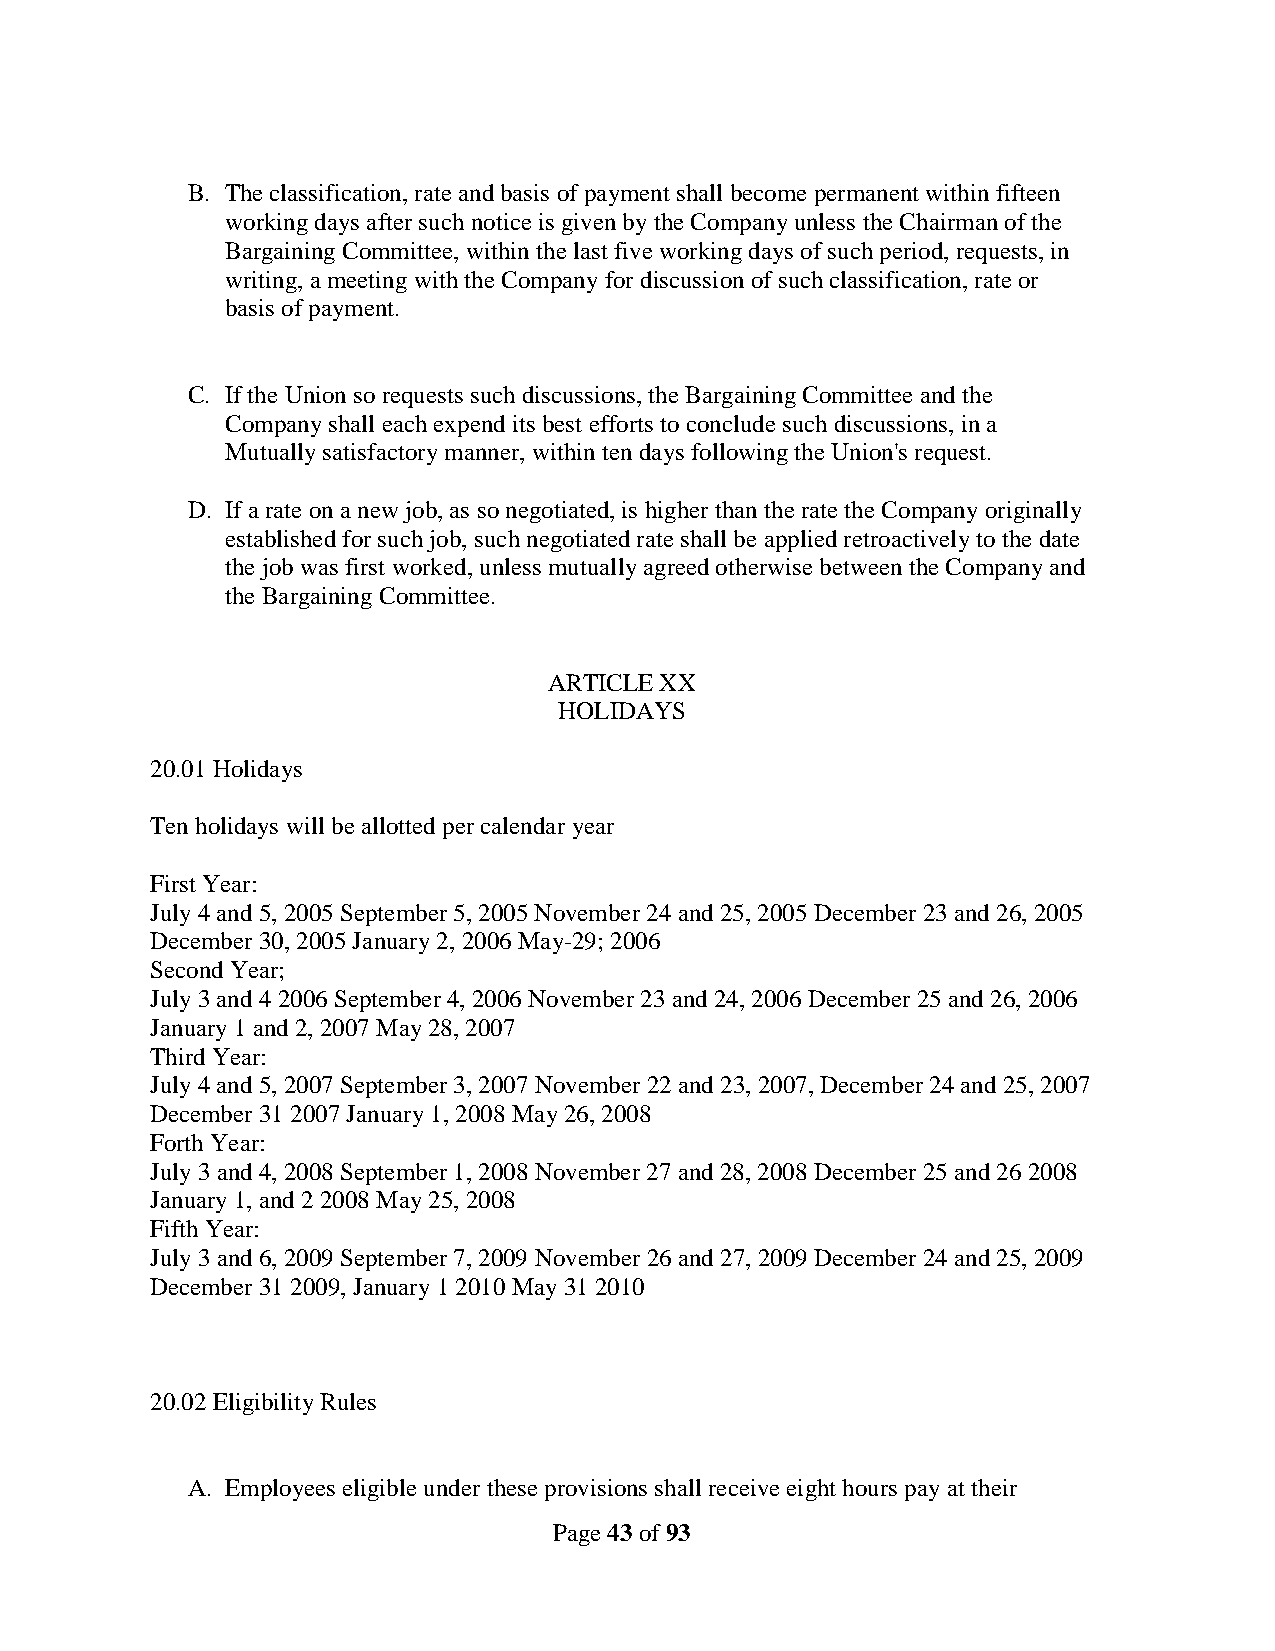
B. The classification, rate and basis of payment shall become permanent within fifteen
 working days after such notice is given by the Company unless the Chairman of the
 Bargaining Committee, within the last five working days of such period, requests, in
 writing, a meeting with the Company for discussion of such classification, rate or
 basis of payment.
 C. If the Union so requests such discussions, the Bargaining Committee and the
 Company shall each expend its best efforts to conclude such discussions, in a
 Mutually satisfactory manner, within ten days following the Union's request.
 D. If a rate on a new job, as so negotiated, is higher than the rate the Company originally
 established for such job, such negotiated rate shall be applied retroactively to the date
 the job was first worked, unless mutually agreed otherwise between the Company and
 the Bargaining Committee.
 ARTICLE XX
 HOLIDAYS
 20.01 Holidays
 Ten holidays will be allotted per calendar year
 First Year:
 July 4 and 5, 2005 September 5, 2005 November 24 and 25, 2005 December 23 and 26, 2005
 December 30, 2005 January 2, 2006 May-29; 2006
 Second Year;
 July 3 and 4 2006 September 4, 2006 November 23 and 24, 2006 December 25 and 26, 2006
 January 1 and 2, 2007 May 28, 2007
 Third Year:
 July 4 and 5, 2007 September 3, 2007 November 22 and 23, 2007, December 24 and 25, 2007
 December 31 2007 January 1, 2008 May 26, 2008
 Forth Year:
 July 3 and 4, 2008 September 1, 2008 November 27 and 28, 2008 December 25 and 26 2008
 January 1, and 2 2008 May 25, 2008
 Fifth Year:
 July 3 and 6, 2009 September 7, 2009 November 26 and 27, 2009 December 24 and 25, 2009
 December 31 2009, January 1 2010 May 31 2010
 20.02 Eligibility Rules
 A. Employees eligible under these provisions shall receive eight hours pay at their
 Page 43 of 93